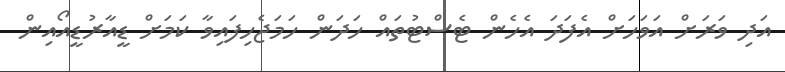
އަދި ވަރަށް އަވަހަށް އެފަދަ އެހެން ޓެސްޓުތައް ހަދަން ހަމަޖެހިފައިވާ ކަަމަށް ޑީއާރުޑީއޯއިން